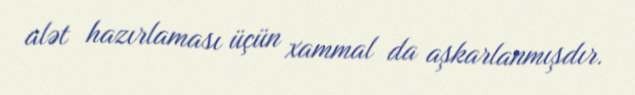
alət hazırlaması üçün xammal da aşkarlanmışdır.